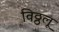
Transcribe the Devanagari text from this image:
विठ्ठलू